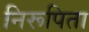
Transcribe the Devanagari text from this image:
निरूपिता